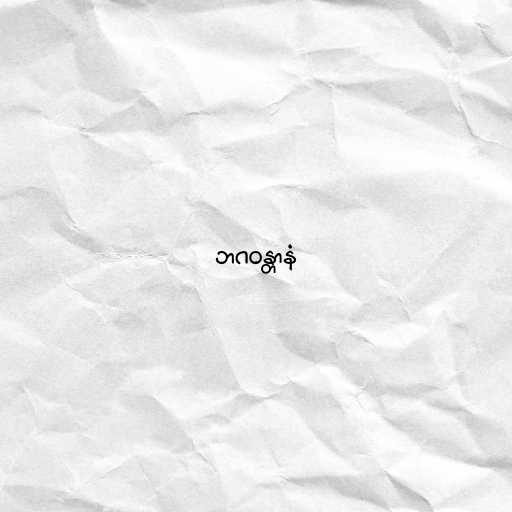
ဘဂဝန္တာနံ